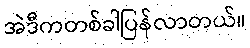
အဲဒီကတစ်ခါပြန်လာတယ်။